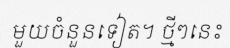
មួយចំនួនទៀត។ ថ្មីៗនេះ